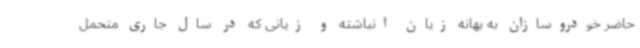
حاضر خودروسازان به بهانه زیان انباشته و زیانی که در سال جاری متحمل